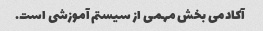
آکادمی بخش مهمی از سیستم آموزشی است.